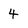
Character: 4